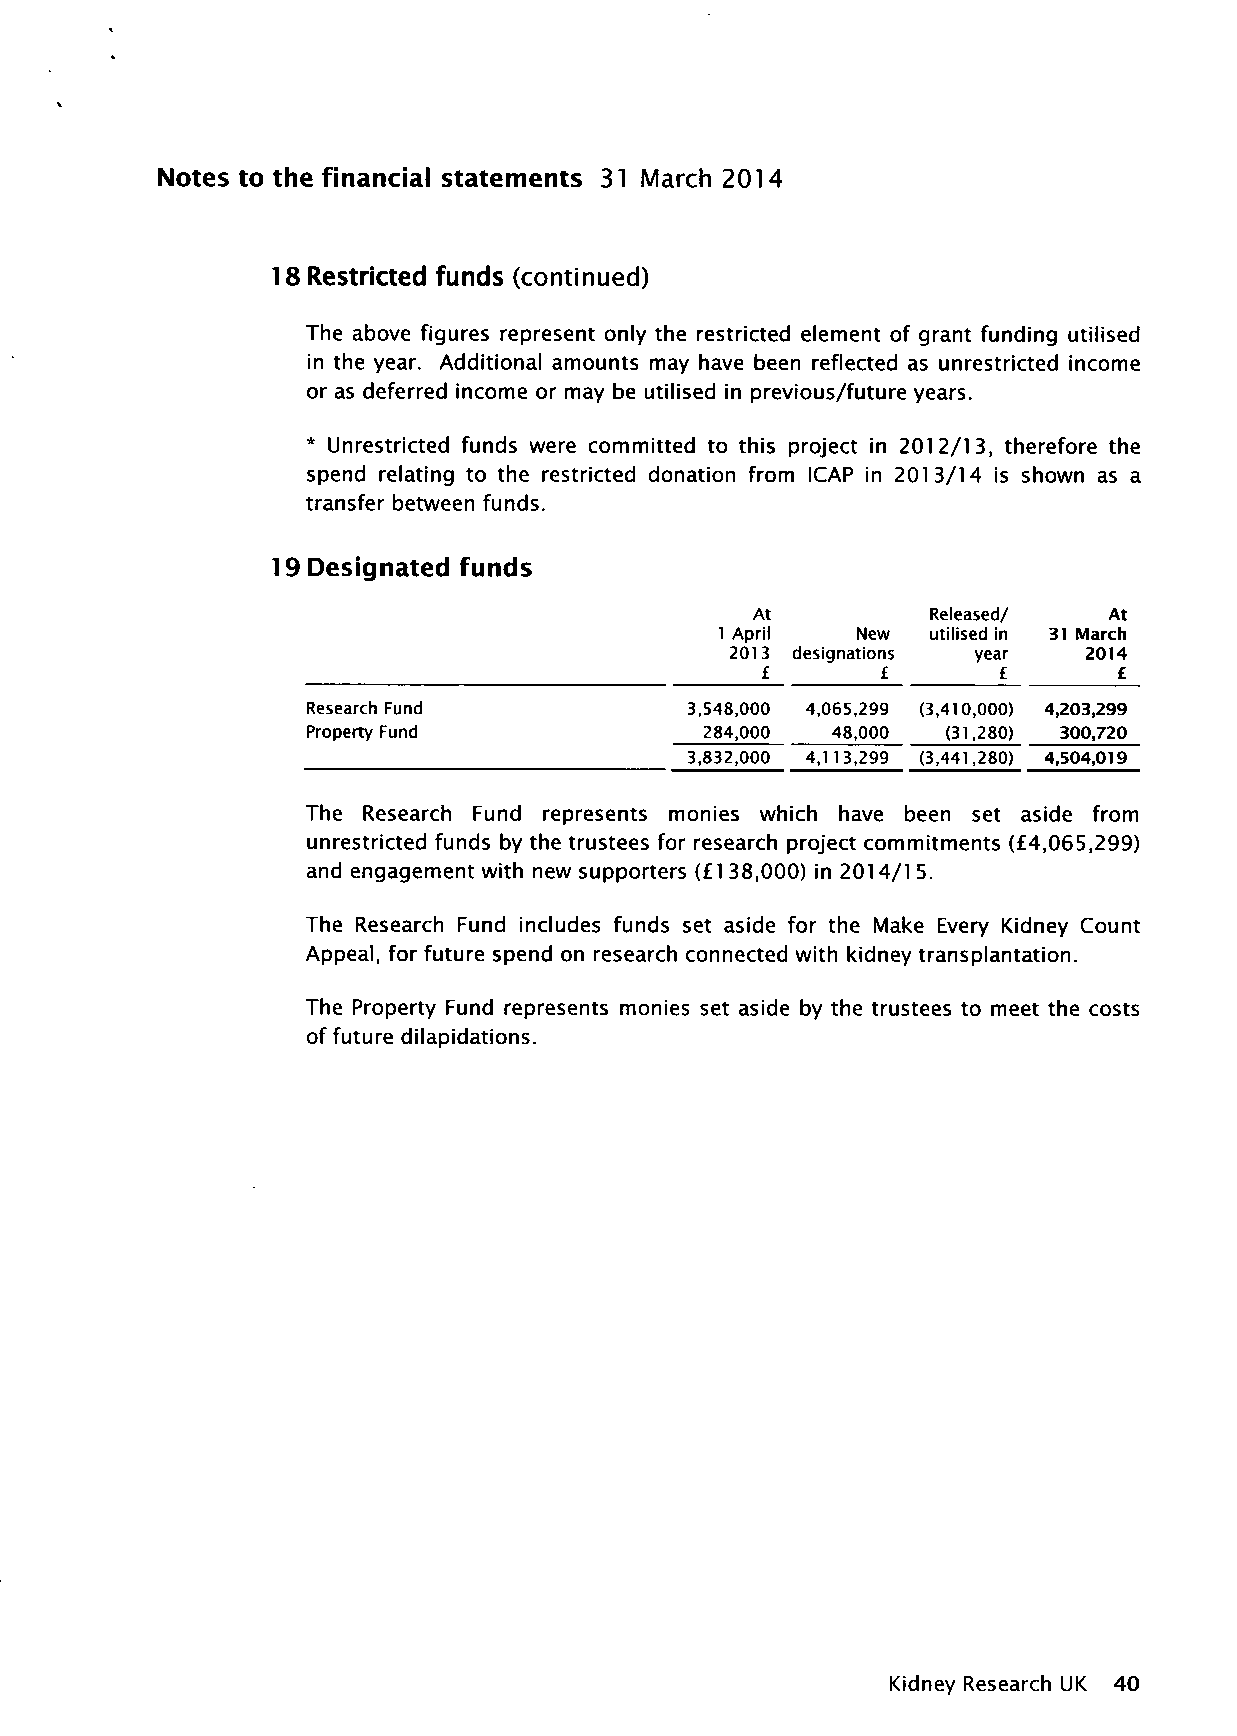
Notes to the financial statements 31 March 2014
 18 Restricted funds (continued)
 The above figures represent only the restricted element of grant funding utilised
 in the year. Additional amounts may have been reflected as unrestricted income
 or as deferred income or may be utilised in previous/future years.
 * Unrestricted funds were committed to this project in 2012/13, therefore the
 spend relating to the restricted donation from ICAP in 2013/14 is shown as a
 transfer between funds.
 19 Designated funds
 At         Released/   At
 1 April  New  utilised in 31 March
 2013 designations year  2014
 £       £       £       £_
 Research Fund             3,548,000 4,065,299 (3,410,000) 4,203,299
 Property Fund              284,000 48,000 (31,280) 300,720
 3,832,000 4,1 13,299 (3,441,280) 4,504,019
 The Research Fund represents monies which have been set aside from
 unrestricted funds by the trustees for research project commitments (£4,065,299)
 and engagement with new supporters (£1 38,000) in 2014/1 5.
 The Research Fund includes funds set aside for the Make Every Kidney Count
 Appeal, for future spend on research connected with kidney transplantation.
 The Property Fund represents monies set aside by the trustees to meet the costs
 of future dilapidations.
 Kidney Research UK 40